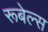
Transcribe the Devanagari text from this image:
रूबेल्स